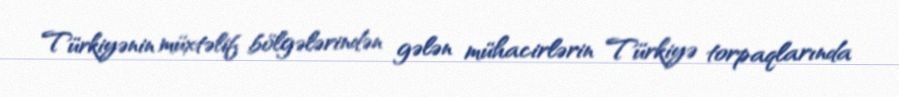
Türkiyənin müxtəlif bölgələrindən gələn mühacirlərin Türkiyə torpaqlarında